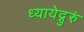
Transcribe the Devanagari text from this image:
ध्यायेद्गुरुं